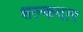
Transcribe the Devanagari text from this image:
शल्कदार